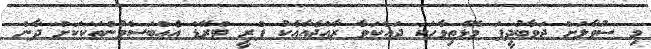
މި ސުވާލަށް ޖަވާބުދީފަ މޮޅެތިވާހަކަ ދައްކަވާ ރާއްޖެއާއެކު ފްރީ ޓްރޭޑް އެއްބަސްވުންތަކަަކަށް ދާން